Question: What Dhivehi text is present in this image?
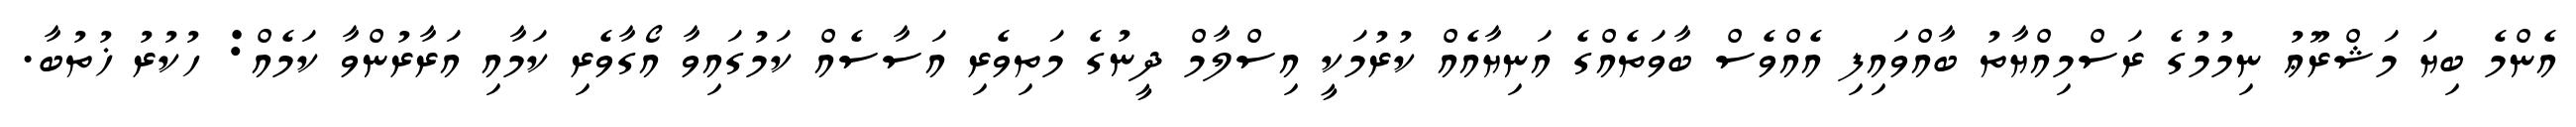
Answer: އެންމެ ބިޔަ މަޝްރޫޢު ނިމުމުގެ ރަސްމިއްޔާތު ބާއްވައިފި އެއްވެސް ބާވަތެއްގެ އަނިޔާއެއް ކުރުމަކީ އިސްލާމް ދީނުގެ މަތިވެރި އަސާސެއް ކަމުގައިވާ އޯގާވެރި ކަމާއި އަރާރުންވާ ކަމެއް: ހުކުރު ޚުތުބާ.